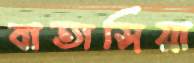
বাতাসিয়া